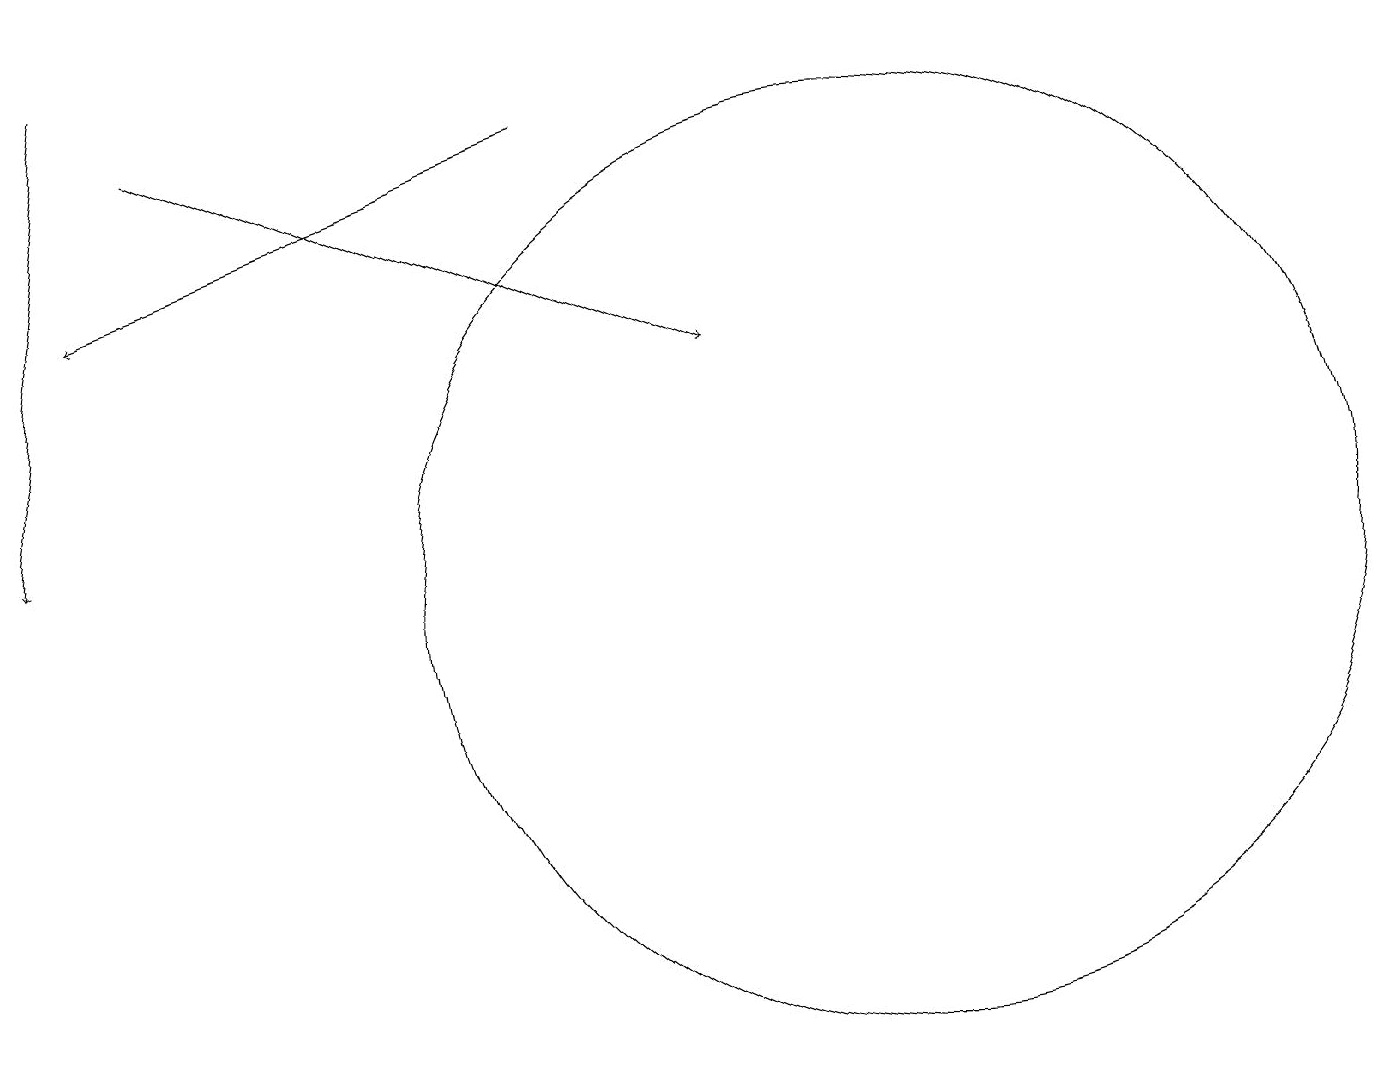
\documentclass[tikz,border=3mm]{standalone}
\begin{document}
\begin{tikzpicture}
\draw[->] (7,16) -- (1,14);
\draw (11,10) circle (6);
\draw[->] (1,17) -- (0,11);
\draw[->] (2,16) -- (9,13);
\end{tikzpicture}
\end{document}